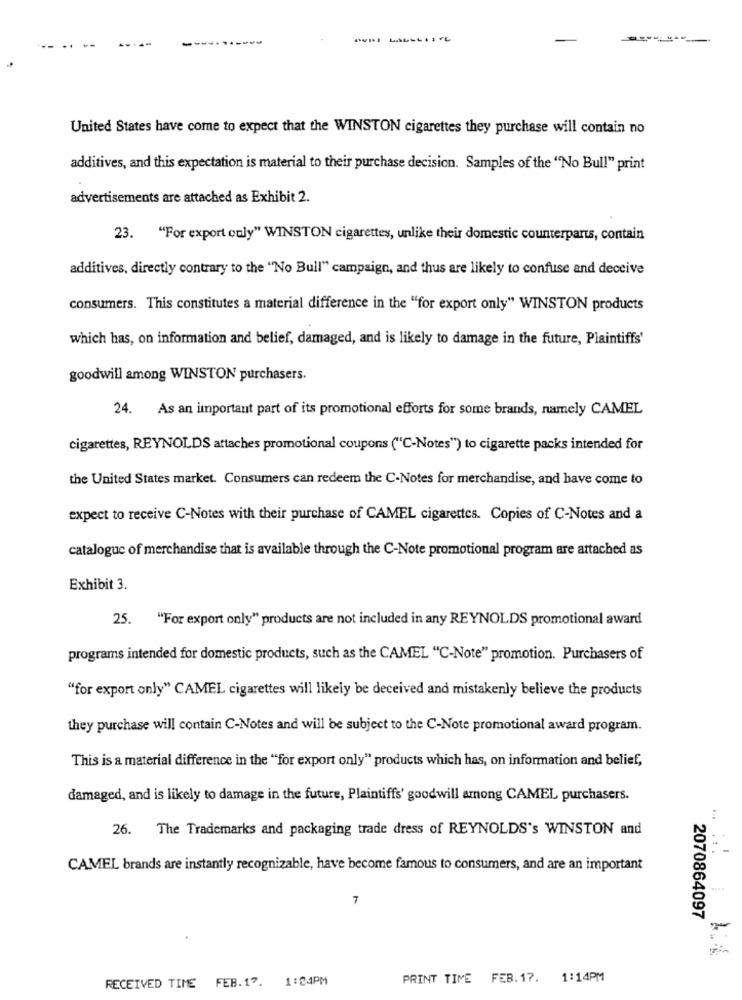
United States have come to expect that the WINSTON cigarettes they purchase will contain no
additives, and this expectation is material to their purchase decision. Samples of the "No Bull" print
advertisements are attached as Exhibit 2.
23. "For export only" WINSTON cigarettes, unlike their domestic counterparts, contain
additives, directly contrary to the "No Bull" campaign, and thus are likely to confuse and deceive
consumers. This constitutes a material difference in the "for export only" WINSTON products
which has, on information and belief, damaged, and is likely to damage in the future, Plaintiffs'
goodwill among WINSTON purchasers.
24. As an important part of its promotional efforts for some brands, namely CAMEL
cigarettes, REYNOLDS attaches promotional coupons ("C-Notes") to cigarette packs intended for
the United States market. Consumers can redeem the C-Notes for merchandise, and have come to
expect to receive C-Notes with their purchase of CAMEL cigarettes. Copies of C-Notes and a
catalogue of merchandise that is available through the C-Note promotional program are attached as
Exhibit 3.
25.
"For export only" products are not included in any REYNOLDS promotional award
programs intended for domestic products, such as the CAMEL "C-Note" promotion. Purchasers of
"for export only" CAMEL cigarettes will likely be deceived and mistakenly believe the products
they purchase will contain C-Notes and will be subject to the C-Note promotional award program.
This is a material difference in the "for export only" products which has, on information and belief,
damaged, and is likely to damage in the future, Plaintiffs' goodwill among CAMEL purchasers.
26. The Trademarks and packaging trade dress of REYNOLDS's WINSTON and
CAMEL brands are instantly recognizable, have become famous to consumers, and are an important
7
2070864097
1:24PM
PRINT TIME FEB. 17. 1:14PM
RECEIVED TIME FEB.17.